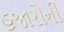
હજારોની